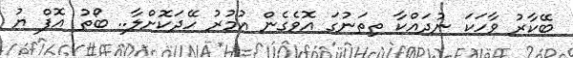
ބޭކާރު ވާހަކަ ނުދައްކާ ތިތަނުގަ އޮވެގެން އުމުރު ހޭދަކޮށްލާ.. ބޯތު އޮފް ޔު